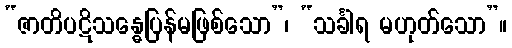
“ဇာတိပဋိသန္ဓေပြန်မဖြစ်သော”၊ “သင်္ခါရ မဟုတ်သော”။